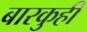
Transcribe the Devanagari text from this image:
बारकुही